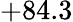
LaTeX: +84.3